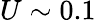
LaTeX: U\sim 0.1